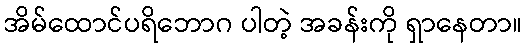
အိမ်ထောင်ပရိဘောဂ ပါတဲ့ အခန်းကို ရှာနေတာ။